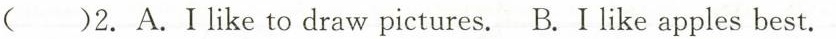
( )2. A.Ilike to draw pictures. B. I like apples best.